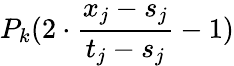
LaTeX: P_{k}(2\cdot\frac{x_{j}-s_{j}}{t_{j}-s_{j}}-1)